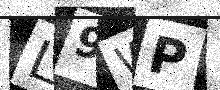
Text: L9WP